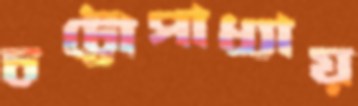
চট্টোপাধ্যায়